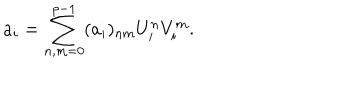
a _ { i } = \sum _ { n , m = 0 } ^ { p - 1 } ( a _ { i } ) _ { n m } U _ { i } ^ { n } V _ { i } ^ { m } .